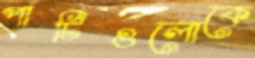
পার্টিগুলোকে